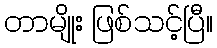
တာမျိုး ဖြစ်သင့်ပြီ။